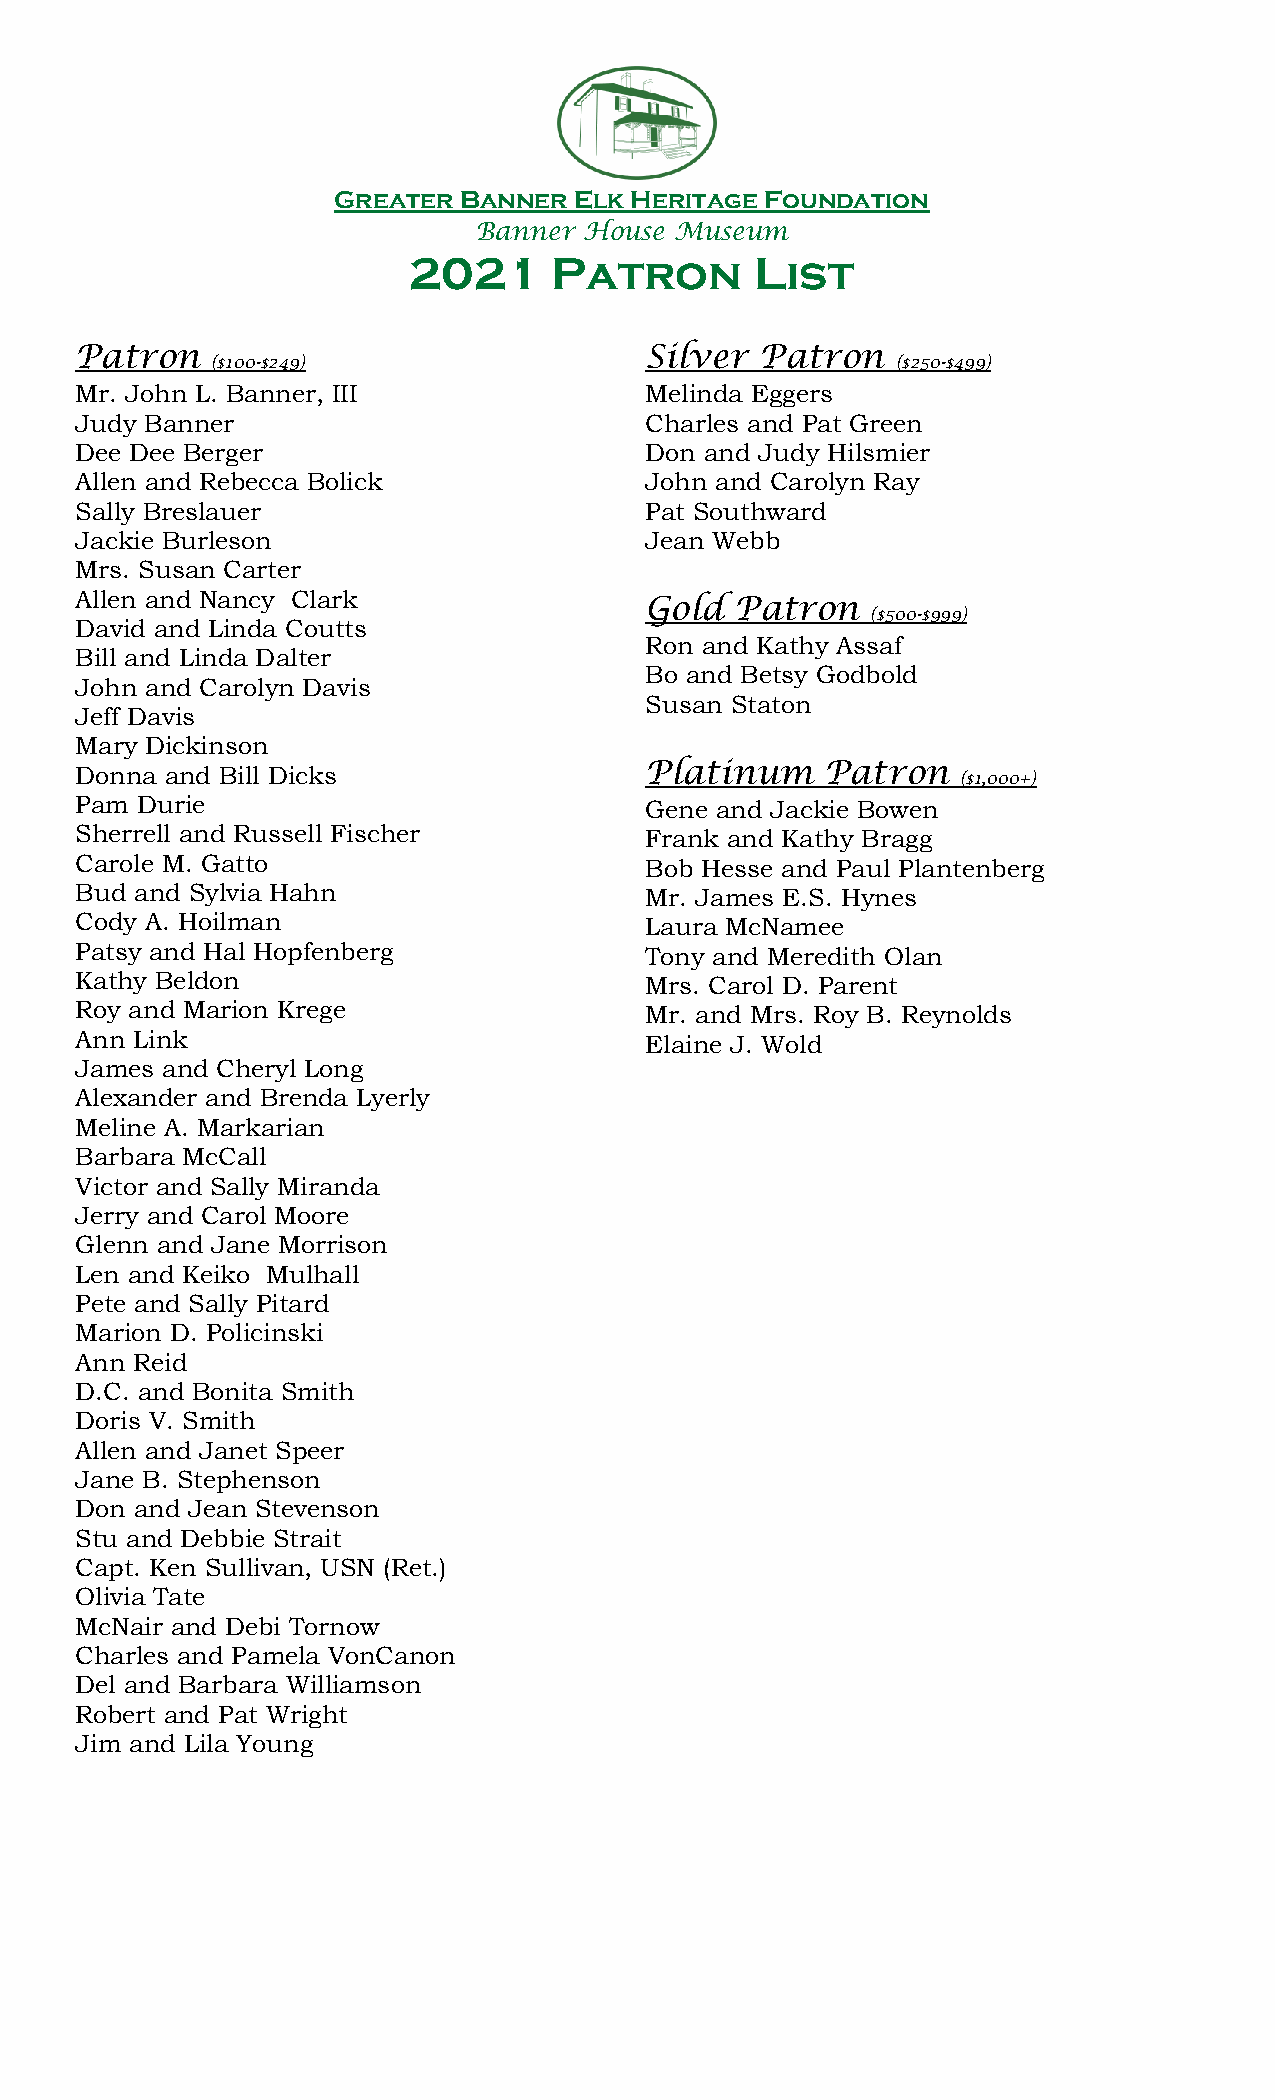
Greater Banner  Elk Heritage Foundation
 Banner  House Museum
 2021      Patron       List
 Patron                                Silver Patron
 ($100-$249)                                  ($250-$499)
 Mr. John L. Banner, III               Melinda Eggers
 Judy Banner                           Charles and Pat Green
 Dee Dee Berger                        Don and Judy Hilsmier
 Allen and Rebecca Bolick              John and Carolyn Ray
 Sally Breslauer                       Pat Southward
 Jackie Burleson                       Jean Webb
 Mrs. Susan Carter
 Allen and Nancy Clark
 Gold  Patron
 ($500-$999)
 David and Linda Coutts
 Ron and Kathy Assaf
 Bill and Linda Dalter
 Bo and Betsy Godbold
 John and Carolyn Davis
 Susan Staton
 Jeff Davis
 Mary Dickinson
 Donna and Bill Dicks                  Platinum    Patron
 ($1,000+)
 Pam Durie                             Gene and Jackie Bowen
 Sherrell and Russell Fischer          Frank and Kathy Bragg
 Carole M. Gatto                       Bob Hesse and Paul Plantenberg
 Bud and Sylvia Hahn                   Mr. James E.S. Hynes
 Cody A. Hoilman                       Laura McNamee
 Patsy and Hal Hopfenberg              Tony and Meredith Olan
 Kathy Beldon                          Mrs. Carol D. Parent
 Roy and Marion Krege                  Mr. and Mrs. Roy B. Reynolds
 Ann Link                              Elaine J. Wold
 James and Cheryl Long
 Alexander and Brenda Lyerly
 Meline A. Markarian
 Barbara McCall
 Victor and Sally Miranda
 Jerry and Carol Moore
 Glenn and Jane Morrison
 Len and Keiko Mulhall
 Pete and Sally Pitard
 Marion D. Policinski
 Ann Reid
 D.C. and Bonita Smith
 Doris V. Smith
 Allen and Janet Speer
 Jane B. Stephenson
 Don and Jean Stevenson
 Stu and Debbie Strait
 Capt. Ken Sullivan, USN (Ret.)
 Olivia Tate
 McNair and Debi Tornow
 Charles and Pamela VonCanon
 Del and Barbara Williamson
 Robert and Pat Wright
 Jim and Lila Young